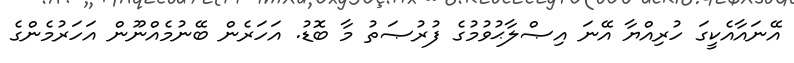
އޭނައާއެކީގަ ހުރިއްޔާ އޭނަ އިޞްލާޙުވުމުގެ ފުރުޞަތު މާ ބޮޑު. އަހަރެން ބޭނުމެއްނޫން އަހަރުމެންގެ